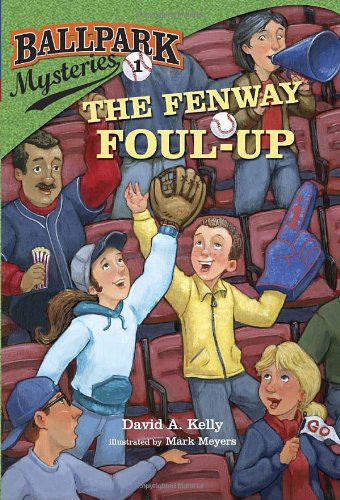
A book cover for Ballpark Mysteries #1: The Fenway Foul-up (A Stepping Stone Book(TM)); David A. Kelly; Children's Books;